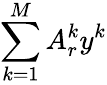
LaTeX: \sum_{k=1}^{M}A_{r}^{k}y^{k}